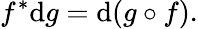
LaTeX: f^{*}\mathrm{d}g=\mathrm{d}(g\circ f).